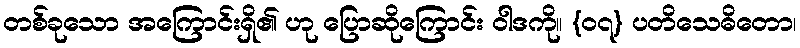
တစ်ခုသော အကြောင်းရှိ၏ ဟု ပြောဆိုကြောင်း ဝါဒကို။ {၀၇} ပတိသေဓိတော၊